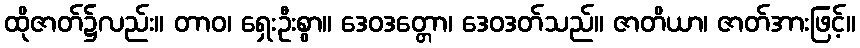
ထိုဇာတ်၌လည်း။ တာဝ၊ ရှေးဦးစွာ။ ဒေဝဒတ္တော၊ ဒေဝဒတ်သည်။ ဇာတိယာ၊ ဇာတ်အားဖြင့်။